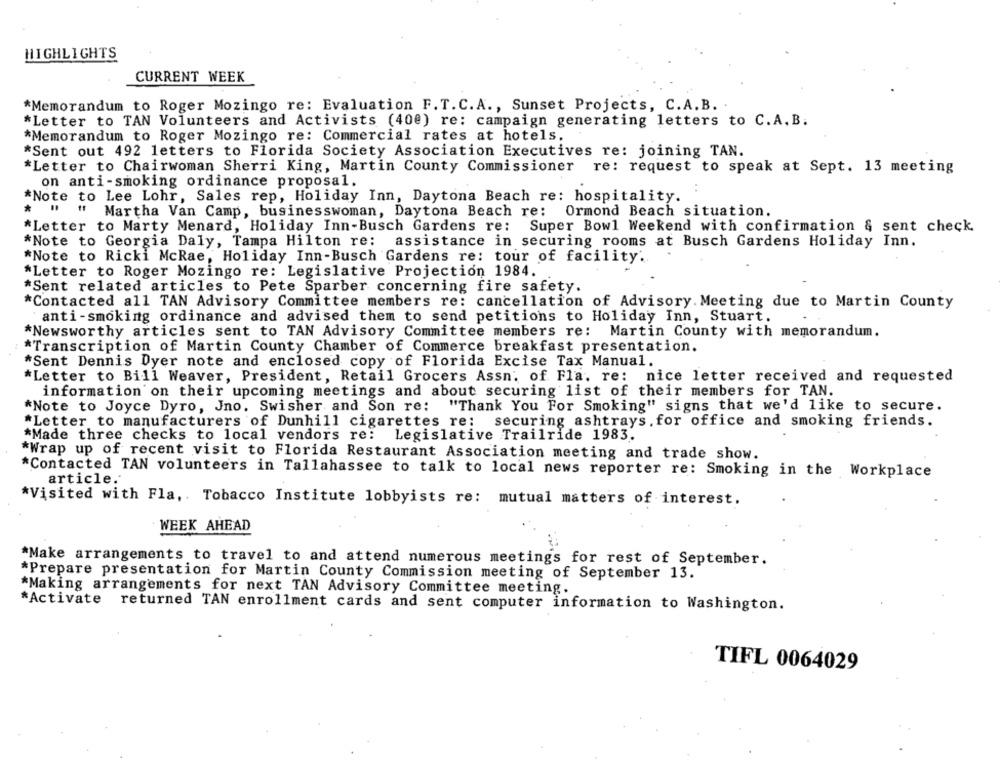
HIGHLIGHTS
CURRENT WEEK
*Memorandum to Roger Mozingo re: Evaluation F.T.C.A ., Sunset Projects, C.A.B. .
*Letter to TAN Volunteers and Activists (400) re: campaign generating letters to C.A. B.
*Memorandum to Roger Mozingo re: Commercial rates at hotels.
*Sent out 492 letters to Florida Society Association Executives re: joining TAN.
*Letter to Chairwoman Sherri King, Martin County Commissioner re: request to speak at Sept. 13 meeting
on anti-smoking ordinance proposal.
*Note to Lee Lohr, Sales rep, Holiday Inn, Daytona Beach re: hospitality.
*
Martha Van Camp, businesswoman, Daytona Beach re: Ormond Beach situation.
*Letter to Marty Menard, Holiday Inn-Busch Gardens re: Super Bowl Weekend with confirmation & sent check
*Note to Georgia Daly, Tampa Hilton re: assistance in securing rooms at Busch Gardens Holiday Inn.
*Note to Ricki McRae, Holiday Inn-Busch Gardens re: tour of facility ..
*Letter to Roger Mozingo re: Legislative Projection 1984.
*Sent related articles to Pete Sparber concerning fire safety.
*Contacted all TAN Advisory Committee members re: cancellation of Advisory. Meeting due to Martin County
anti-smoking ordinance and advised them to send petitions to Holiday Inn, Stuart.
*Newsworthy articles sent to TAN Advisory Committee members re: Martin County with memorandum.
*Transcription of Martin County Chamber of Commerce breakfast presentation.
*Sent Dennis Dyer note and enclosed copy of Florida Excise Tax Manual.
*Letter to Bill Weaver, President, Retail Grocers Assn. of Fla. re: nice letter received and requested
information on their upcoming meetings and about securing list of their members for TAN.
*Note to Joyce Dyro, Jno. Swisher and Son re: "Thank You For Smoking" signs that we'd like to secure.
*Letter to manufacturers of Dunhill cigarettes re: securing ashtrays. for office and smoking friends.
*Made three checks to local vendors re: Legislative Trailride 1983.
*Wrap up of recent visit to Florida Restaurant Association meeting and trade show.
*Contacted TAN volunteers in Tallahassee to talk to local news reporter re: Smoking in the Workplace
article.
*Visited with Fla, Tobacco Institute lobbyists re: mutual matters of interest.
WEEK AHEAD
*Make arrangements to travel to and attend numerous meetings for rest of September.
*Prepare presentation for Martin County Commission meeting of September 13.
*Making arrangements for next TAN Advisory Committee meeting.
*Activate returned TAN enrollment cards and sent computer information to Washington.
TIFL 0064029